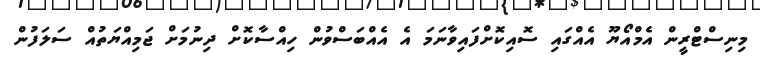
މިނިސްޓްރީން އެމްއޯޔޫ އެއްގައި ސޮއިކޮށްފައިވާނަމަ އެ އެއްބަސްވުން ހިއްސާކޮށް ދިނުމަށް ޖަމިއްޔަތުއް ސަލަފުން